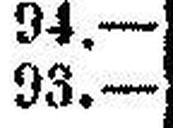
93.—